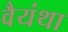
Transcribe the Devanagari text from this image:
वैयंथा